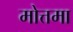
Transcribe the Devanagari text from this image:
मोत्तमा